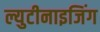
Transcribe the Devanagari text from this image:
ल्युटीनाइजिंग